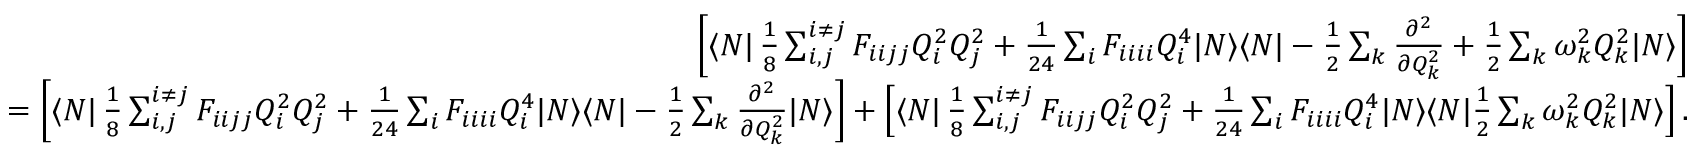
\begin{array} { r l r } & { } & { \left[ \langle N | \, \frac { 1 } { 8 } \sum _ { i , j } ^ { i \neq j } F _ { i i j j } Q _ { i } ^ { 2 } Q _ { j } ^ { 2 } + \frac { 1 } { 2 4 } \sum _ { i } F _ { i i i i } Q _ { i } ^ { 4 } | N \rangle \langle N | - \frac { 1 } { 2 } \sum _ { k } \frac { \partial ^ { 2 } } { \partial Q _ { k } ^ { 2 } } + \frac { 1 } { 2 } \sum _ { k } \omega _ { k } ^ { 2 } Q _ { k } ^ { 2 } | N \rangle \right] } \\ & { } & { = \left[ \langle N | \, \frac { 1 } { 8 } \sum _ { i , j } ^ { i \neq j } F _ { i i j j } Q _ { i } ^ { 2 } Q _ { j } ^ { 2 } + \frac { 1 } { 2 4 } \sum _ { i } F _ { i i i i } Q _ { i } ^ { 4 } | N \rangle \langle N | - \frac { 1 } { 2 } \sum _ { k } \frac { \partial ^ { 2 } } { \partial Q _ { k } ^ { 2 } } | N \rangle \right] + \left[ \langle N | \, \frac { 1 } { 8 } \sum _ { i , j } ^ { i \neq j } F _ { i i j j } Q _ { i } ^ { 2 } Q _ { j } ^ { 2 } + \frac { 1 } { 2 4 } \sum _ { i } F _ { i i i i } Q _ { i } ^ { 4 } | N \rangle \langle N | \frac { 1 } { 2 } \sum _ { k } \omega _ { k } ^ { 2 } Q _ { k } ^ { 2 } | N \rangle \right] . } \end{array}